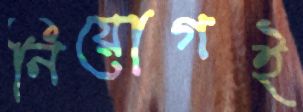
নিয়োগই